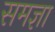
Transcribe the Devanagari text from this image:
समज्ञा